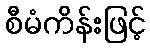
စီမံကိန်းဖြင့်